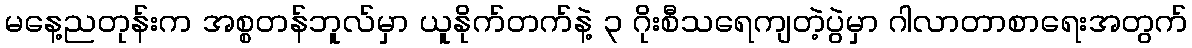
မနေ့ညတုန်းက အစ္စတန်ဘူလ်မှာ ယူနိုက်တက်နဲ့ ၃ ဂိုးစီသရေကျတဲ့ပွဲမှာ ဂါလာတာစာရေးအတွက်